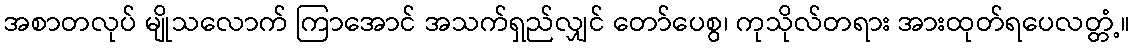
အစာတလုပ် မျိုသလောက် ကြာအောင် အသက်ရှည်လျှင် တော်ပေစွ၊ ကုသိုလ်တရား အားထုတ်ရပေလတ္တံ့။